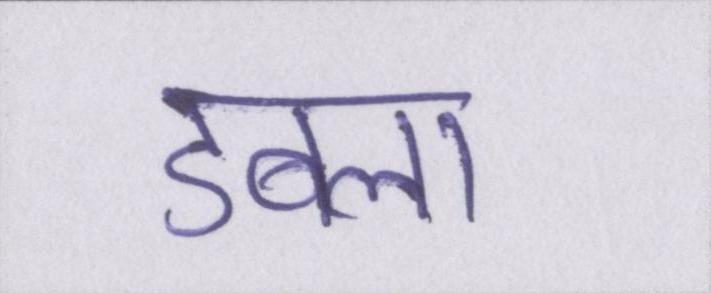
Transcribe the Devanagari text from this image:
डबला